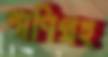
পাণিগ্রহ